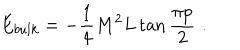
LaTeX: E _ { b u l k } = - \displaystyle \frac { 1 } { 4 } M ^ { 2 } L \tan \displaystyle \frac { \pi p } { 2 } \, \, .